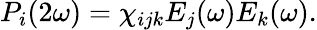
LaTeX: P_{i}(2\omega)=\chi_{ijk}E_{j}(\omega)E_{k}(\omega).